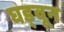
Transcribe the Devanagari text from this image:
घड्वून